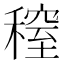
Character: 𥡫